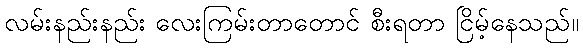
လမ်းနည်းနည်း လေးကြမ်းတာတောင် စီးရတာ ငြိမ့်နေသည်။